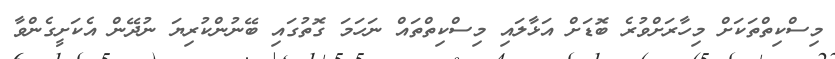
މިސްކިތްތަކަށް މިހާރަށްވުރެ ބޮޑަށް އަޅާލައި މިސްކިތްތައް ނަހަމަ ގޮތުގައި ބޭނުންކުރިޔަ ނުދޭން އެކަށީގެންވާ